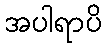
အပါရာပိ